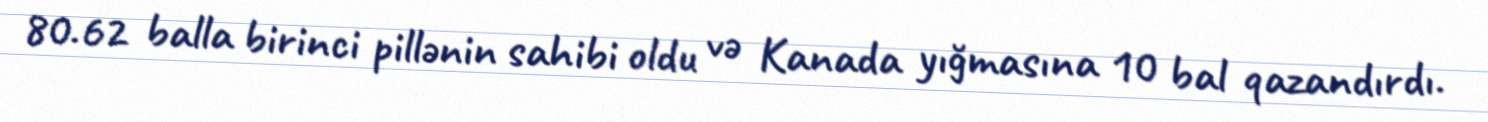
80.62 balla birinci pillənin sahibi oldu və Kanada yığmasına 10 bal qazandırdı.